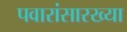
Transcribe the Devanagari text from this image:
पवारांसारख्या